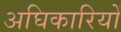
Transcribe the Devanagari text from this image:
अघिकारियों